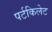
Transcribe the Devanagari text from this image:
पर्टकिलेट